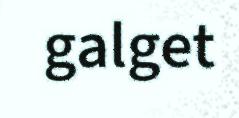
galget